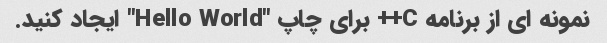
نمونه ای از برنامه C++ برای چاپ "Hello World" ایجاد کنید.